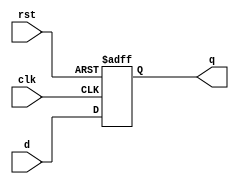
module acc_4bit(input[3:0]d,input clk,rst,output reg[3:0]q); 
  always@(posedge clk or negedge rst) 
  if(!rst) 
    q <= 4'b0000; 
  else 
    q <= d; 
endmodule  
 
module fir_19BEE0032(input [3:0]x,input clk,rst,output [9:0]y); 
wire[3:0] w1,w2,w3,w4; 
wire[7:0] w5,w6,w7,w8; 
wire[9:0] w9,w10; 

parameter b0 = 4'b0001; 
parameter b1 = 4'b0010; 
parameter b2 = 4'b0011; 
parameter b3 = 4'b0100; 

acc_4bit r1(x,clk,rst,w1); 
acc_4bit r2(w1,clk,rst,w2); 
acc_4bit r3(w2,clk,rst,w3); 
acc_4bit r4(w3,clk,rst,w4); 

assign w5=w1*b0; 
assign w6=w2*b1; 
assign w7=w3*b2; 
assign w8=w4*b3; 

assign w9=w5+w6; 
assign w10=w9+w7; 

assign y=w10+w8; 
endmodule